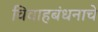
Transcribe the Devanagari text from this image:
विवाहबंधनाचे